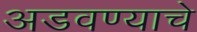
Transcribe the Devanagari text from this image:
अडवण्याचे